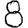
Digit: 8